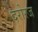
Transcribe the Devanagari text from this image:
दरोरज